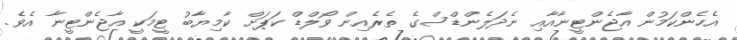
އެހެންކަމުން އާޖެންޓީނާއާއި ނެދަލެންޑްސްގެ ތެރެއިން ވޯލްޑް ކަޕަށް ކާމިޔާބު ޓީމަކީ އާޖެންޓީނާ އެވެ.